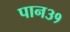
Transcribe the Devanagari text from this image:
पान३१